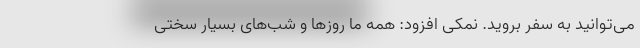
می‌توانید به سفر بروید. نمکی افزود: همه ما روزها و شب‌های بسیار سختی